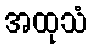
အထုသံ